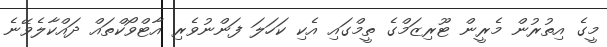
މީގެ އިތުރުން މެރީން ޓޫރިޒަމްގެ ތީމްގައި އެކި ކަހަލަ ފަންނުވެރި އާޓްވޯކްތައް ދައްކާލެވޭނެ